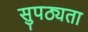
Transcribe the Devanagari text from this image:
सुपठ्यता